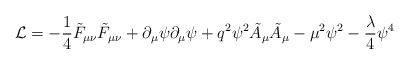
\begin{align*}{\cal L} = -\frac{1}{4}\tilde F_{\mu\nu}\tilde F_{\mu\nu} + \partial_\mu\psi\partial_\mu\psi + q^2 \psi^2 \tilde A_\mu\tilde A_\mu - \mu^2\psi^2-\frac{\lambda}{4}\psi^4\end{align*}